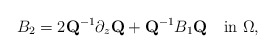
\begin{align*}B_2=2\mbox{\bf Q}^{-1}\partial_{z}\mbox{\bf Q}+\mbox{\bf Q}^{-1}B_1\mbox{\bf Q}\quad\mbox{in}\,\,\Omega,\end{align*}